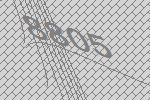
8805